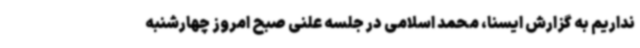
نداریم به گزارش ایسنا، محمد اسلامی در جلسه علنی صبح امروز چهارشنبه